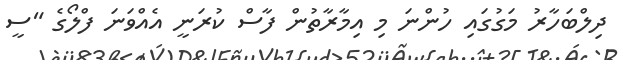
ދިލްބަހާރު މަގުގައި ހުންނަ މި އިމާރާތުން ފާސް ކުރަނީ އެއްވަނަ ފްލޯގެ "ސީ